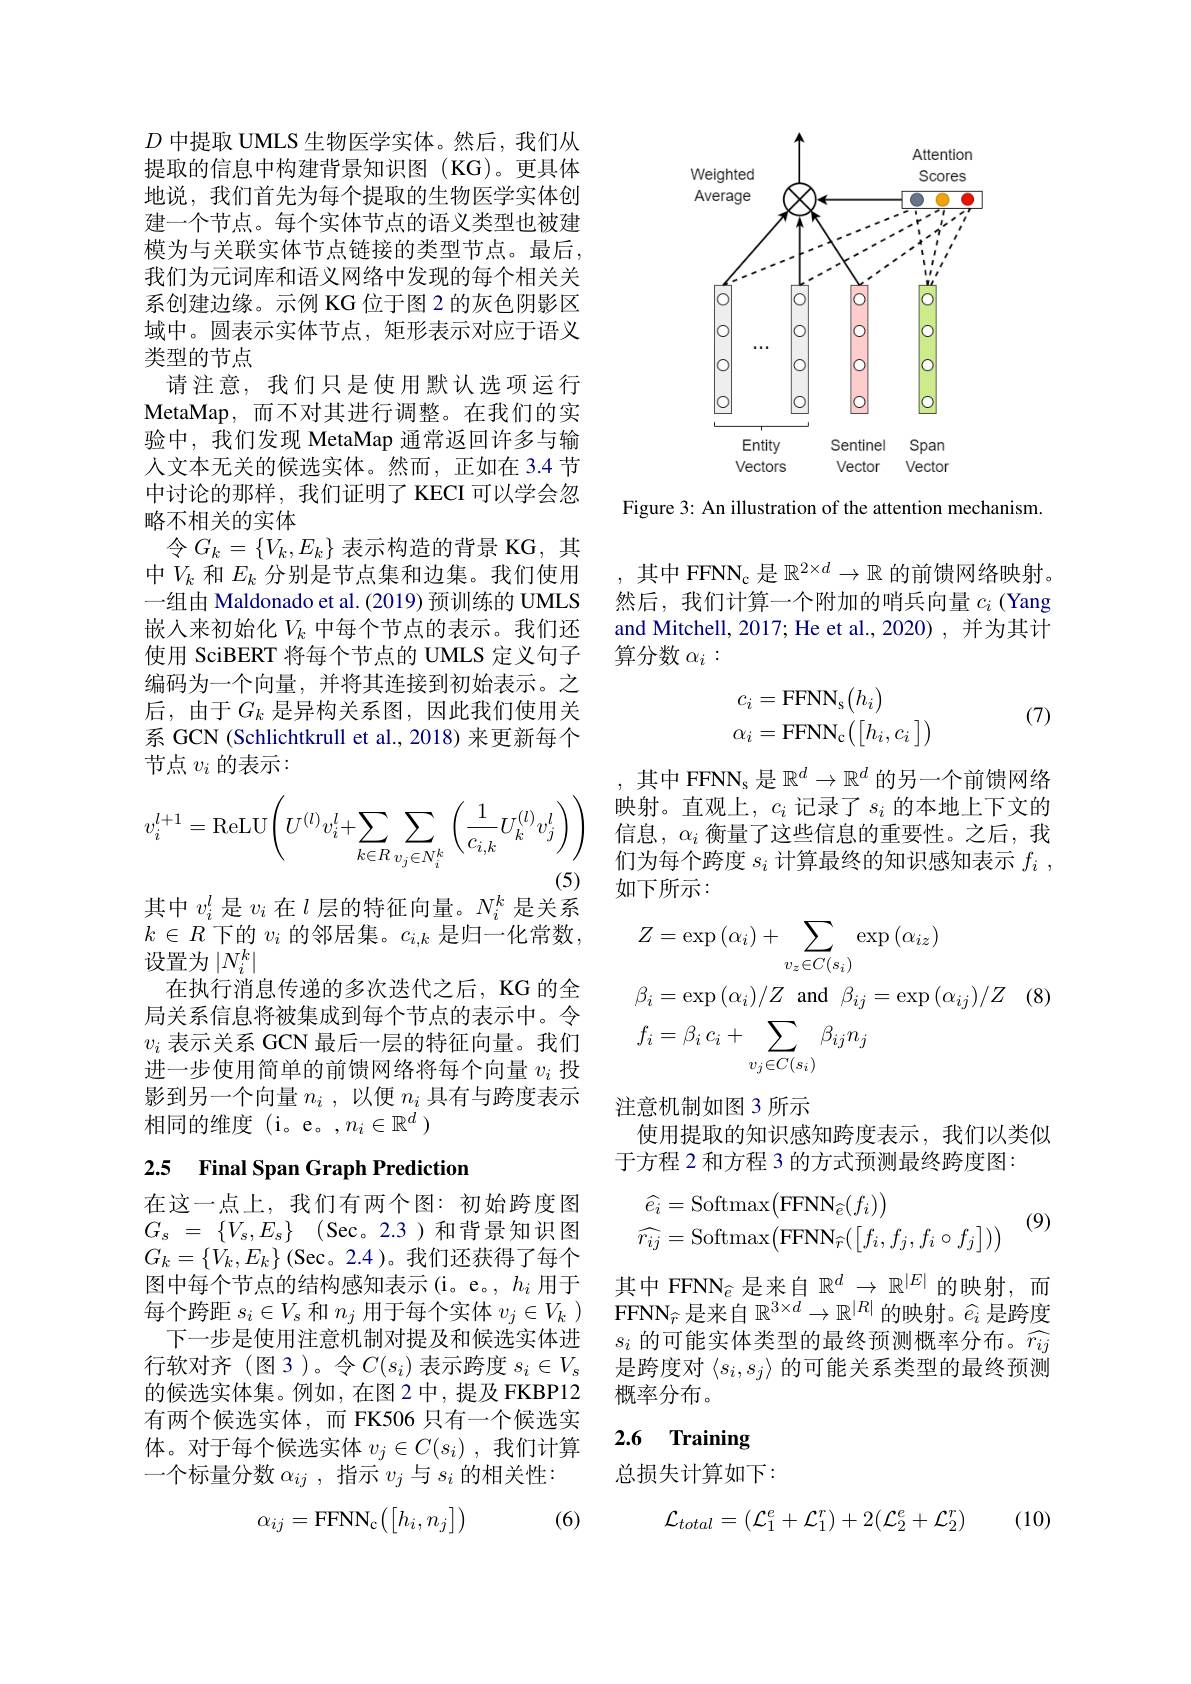
$D$中提取 UMLS 生物医学实体。然后，我们从提取的信息中构建背景知识图(KG)。更具体地说，我们首先为每个提取的生物医学实体创建一个节点。每个实体节点的语义类型也被建模为与关联实体节点链接的类型节点。最后， 我们为元词库和语义网络中发现的每个相关关系创建边缘。示例 KG 位于图 2 的灰色阴影区域中。圆表示实体节点，矩形表示对应于语义类型的节点
请注意，我们只是使用默认选项运行MetaMap,而不对其进行调整。在我们的实验中，我们发现 MetaMap 通常返回许多与输人文本无关的候选实体。然而，正如在 3.4 节中讨论的那样，我们证明了 KECI 可以学会忽略不相关的实体
令$G_k=\{V_k,E_k\}$ 表示构造的背景 KG, 其中$V_k$和$E_k$分别是节点集和边集。我们使用一组由 Maldonado et al. (2019) 预训练的 UMLS 嵌入来初始化$V_k$中每个节点的表示。我们还使用 SciBERT 将每个节点的 UMLS 定义句子编码为一个向量，并将其连接到初始表示。之后，由于$G_k$ 是异构关系图，因此我们使用关系 GCN (Schlichtkrull et al., 2018) 来更新每个节点$v_i$的表示：
$$v_{i}^{l+1}=\mathrm{ReLU}\left(U^{(l)}v_{i}^{l}+\sum_{k\in R}\sum_{v_{j}\in N_{i}^{k}}\left(\frac{1}{c_{i,k}}U_{k}^{(l)}v_{j}^{l}\right)\right)$$
其中$v_i^l$是$v_i$在$l$层的特征向量。$N_i^k$是关系

$k\in R$下的$v_i$的邻居集。$c_i,k$是归一化常数，

设置为$|N_i^k|$

在执行消息传递的多次迭代之后，KG 的全

局关系信息将被集成到每个节点的表示中。令

$v_i$表示关系 GCN 最后一层的特征向量。我们

进一步使用简单的前馈网络将每个向量$v_i$投

影到另一个向量$n_i$ , 以便$n_i$具有与跨度表示

相同的维度(i。e。,$n_i\in\mathbb{R}^d$)

# 2.5 Final Span Graph Prediction

在这一点上，我们有两个图：初始跨度图$G_{s}$ = $\{ V_{s}, E_{s}\}$ (Sec。2.3)和背景知识图$G_{k}=\{\dot{V}_{k},E_{k}\}$(Sec。2.4)。我们还获得了每个图中每个节点的结构感知表示(i。e。, $h_i$用于每个跨距$s_i\in V_s$和$n_j$用于每个实体$v_j\in V_k$ )
下一步是使用注意机制对提及和候选实体进行软对齐(图3)。令$C(s_i)$ 表示跨度 $s_i\in V_s$ 的候选实体集。例如，在图 2中，提及 FKBP12有两个候选实体，而 FK506 只有一个候选实体。对于每个候选实体$v_j\in C(s_i)$ ,我们计算一个标量分数$\alpha_ij$ ,指示$v_j$与$s_i$的相关性：

(6)
$$\alpha_{ij}=\text{FFNN}_{\text{c}}\bigl(\bigl[h_i,n_j\bigr]\bigr)$$
<FigureHere>

Figure 3: An illustration of the attention mechanism.

其中 FFNN$_\mathrm{c}$是$\mathbb{R}^{2\times d}\to\mathbb{R}$的前馈网络映射然后，我们计算一个附加的哨兵向量$c_i$ (Yang and Mitchell, 2017; He et al., 2020) , 并为其计算分数$\alpha_i:$

(7)
$$c_i=\mathrm{FFNN}_{\mathrm{s}}\big(h_i\big)\\\alpha_i=\mathrm{FFNN}_{\mathrm{c}}\big(\big[h_i,c_i\big]\big)$$
其中 FFNNs 是$\mathbb{R}^d\to\mathbb{R}^d$的另一个前馈网络映射。直观上，$c_i$ 记录了$s_i$ 的本地上下文的信息，$\alpha_i$衡量了这些信息的重要性。之后，我们为每个跨度$s_i$计算最终的知识感知表示$f_i$, 如下所示：
$$\begin{aligned}&Z=\exp\left(\alpha_{i}\right)+\sum_{v_{z}\in C(s_{i})}\exp\left(\alpha_{iz}\right)\\&\beta_{i}=\exp\left(\alpha_{i}\right)/Z\:\mathrm{and}\:\beta_{ij}=\exp\left(\alpha_{ij}\right)/Z\\&f_{i}=\beta_{i}\:c_{i}+\sum_{v_{j}\in C(s_{i})}\beta_{ij}n_{j}\end{aligned}$$
注意机制如图 3 所示
使用提取的知识感知跨度表示，我们以类似
于方程 2 和方程 3 的方式预测最终跨度图：
$$\widehat{e_i}=\mathrm{Softmax}\big(\mathrm{FFNN}_{\widehat{e}}(f_i)\big)\\\widehat{r_{ij}}=\mathrm{Softmax}\big(\mathrm{FFNN}_{\widehat{r}}(\big[f_i,f_j,f_i\circ f_j\big])\big)$$
(9)

其中 FFNN$_\widehat{e}$是来自$\mathbb{R}^d\to\mathbb{R}^|E|$的映射，而$\mathrm{FFNN}_{\widehat{r}}$是来自$\mathbb{R}^3\times d\to\mathbb{R}^{|R|}$的映射。$\widehat{e}_i$是跨度$s_i$的可能实体类型的最终预测概率分布。$\widehat{r_{ij}}$ 是跨度对$\langle s_i,s_j\rangle$的可能关系类型的最终预测概率分布。

### 2.6 Training

总损失计算如下：

(10)
$$\mathcal{L}_{total}=(\mathcal{L}_1^e+\mathcal{L}_1^r)+2(\mathcal{L}_2^e+\mathcal{L}_2^r)$$